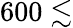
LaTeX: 600\lesssim